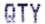
QTY